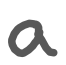
Text: a
Cross-out: clean
Writing tool: digital_gray